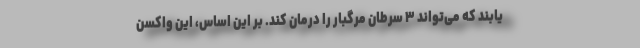
یابند که می‌تواند ۳ سرطان مرگبار را درمان کند. بر این اساس، این واکسن